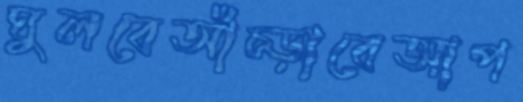
ঘুলবেআঁচ্‌ড়াবেআপ